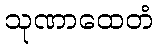
သုဏာထေတံ